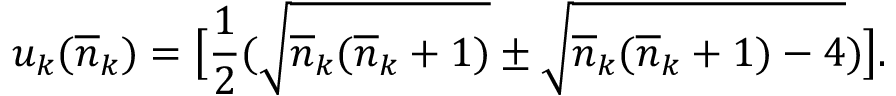
u _ { k } ( \overline { { { n } } } _ { k } ) = \bigl [ \frac { 1 } { 2 } ( \sqrt { \overline { { { n } } } _ { k } ( \overline { { { n } } } _ { k } + 1 ) } \pm \sqrt { \overline { { { n } } } _ { k } ( \overline { { { n } } } _ { k } + 1 ) - 4 } ) \bigr ] .